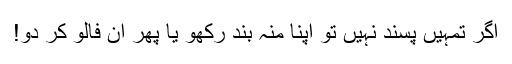
اگر تمہیں پسند نہیں تو اپنا منہ بند رکھو یا پھر ان فالو کر دو!